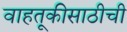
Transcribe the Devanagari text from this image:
वाहतूकीसाठीची